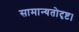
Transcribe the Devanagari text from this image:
सामान्यतोदृष्ट।